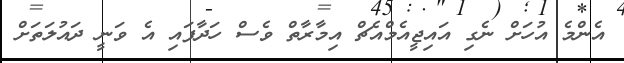
އެންމެ އުހަށް ނެގި އައިޖީއެމްއެޗް އިމާރާތް ވެސް ހަދާފައި އެ ވަނީ ދައުލަތަށް